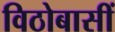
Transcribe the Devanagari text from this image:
विठोबासीं